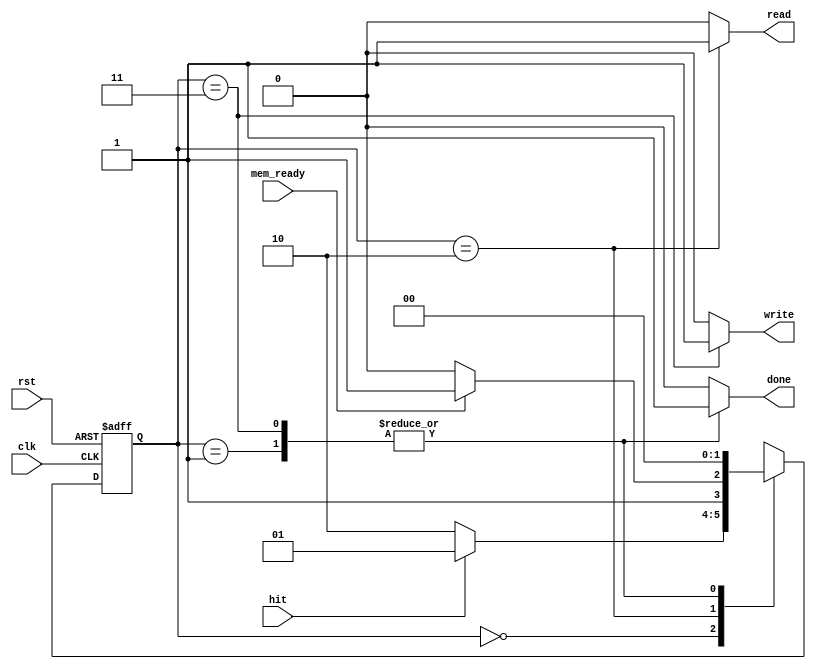
module Cach_CU(
    input clk, rst,
    input hit, mem_ready,
    output reg read, done, write
);


    parameter IDLE = 0, HITING = 1, WAITING = 2, MISING = 3;
    reg [1:0] ns, ps;
    always @(posedge clk, posedge rst) begin
        if(rst) ps <= IDLE;
        else ps <= ns;
    end


    always @(hit, mem_ready, ps) begin: transition
        ns = IDLE;
        case(ps)
            IDLE    : ns = hit ? HITING : WAITING;
            HITING  : ns = IDLE;
            WAITING : ns = mem_ready ? MISING: WAITING;
            MISING  : ns = IDLE;
            default : begin 
                ns = IDLE;
                $display("XXX Transition Controller Default XXX");
            end
        endcase
    end


    always @(hit, done, ps) begin: outputing
        {read, done, write} = 0;
        case(ps)
            HITING  : done = 1;
            WAITING : read = 1;
            MISING  : begin write = 1; done = 1; end
            default : begin 
               {read, done, write} = 0;
              //  $display("XXX Outputing Controller Default XXX");
            end
        endcase
    end




endmodule